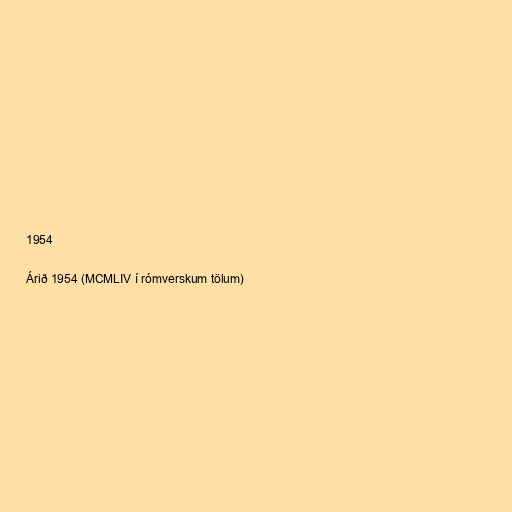
1954

Árið 1954 (MCMLIV í rómverskum tölum)